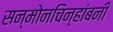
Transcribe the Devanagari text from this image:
सन्माेनचिन्हांबनी